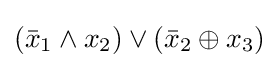
({\bar {x}}_{1}\land x_{2})\lor ({\bar {x}}_{2}\oplus x_{3})